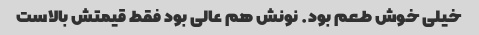
خیلی خوش طعم بود. نونش هم عالی بود فقط قیمتش بالاست